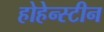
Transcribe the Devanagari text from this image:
होहेन्स्टीन